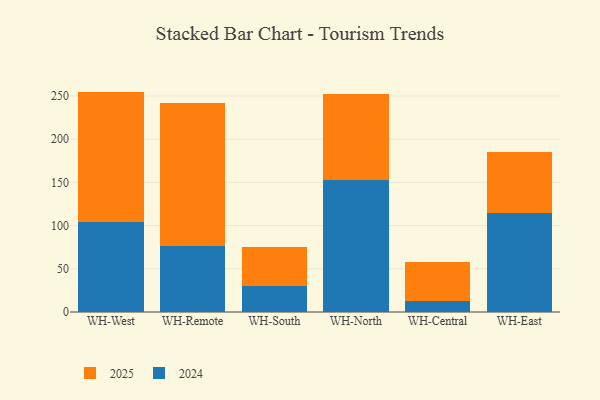
{"axis": {"x": "Warehouse", "y": "Energy Usage (MWh)"}, "legend": ["2024", "2025"], "data": [{"x": "WH-West", "y": 104.1, "type": "2024"}, {"x": "WH-West", "y": 151.0, "type": "2025"}, {"x": "WH-Remote", "y": 76.6, "type": "2024"}, {"x": "WH-Remote", "y": 165.3, "type": "2025"}, {"x": "WH-South", "y": 29.7, "type": "2024"}, {"x": "WH-South", "y": 45.5, "type": "2025"}, {"x": "WH-North", "y": 153.3, "type": "2024"}, {"x": "WH-North", "y": 99.1, "type": "2025"}, {"x": "WH-Central", "y": 12.2, "type": "2024"}, {"x": "WH-Central", "y": 45.1, "type": "2025"}, {"x": "WH-East", "y": 115.1, "type": "2024"}, {"x": "WH-East", "y": 69.7, "type": "2025"}]}